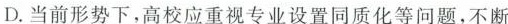
D.当前形势下，高校应重视专业设置同质化等问题，不断